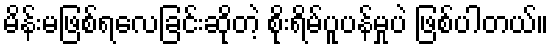
မိန်းမဖြစ်ရလေခြင်းဆိုတဲ့ စိုးရိမ်ပူပန်မှုပဲ ဖြစ်ပါတယ်။